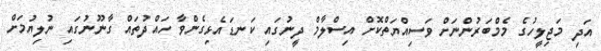
އަދި މަޖިލީހުގެ މެމްބަރުންނަށް ވަސިއްޔަތްކޮށް އިސްލާމް ދީނުގައި ކަނޑައެޅިގެންވާ ހައްދުތައް ގާނޫނުގައި ނުލިޔުމަށް